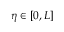
\eta \in [ 0 , L ]